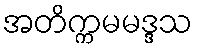
အတိက္ကမမဒ္ဒသ